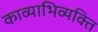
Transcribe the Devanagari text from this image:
काव्याभिव्यक्ति